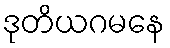
ဒုတိယဂမနေ